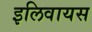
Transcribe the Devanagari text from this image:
इलिवायस